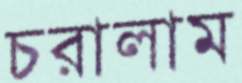
চরালাম